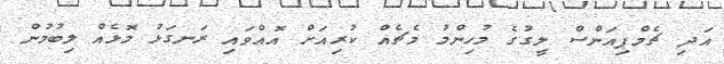
އަދި ޗެމްޕިއަންސް ލީގުގެ މުހިންމު މެޗެއް ކުރިއަށް އޮއްވައި ރަނގަޅު މޮޅެއް ލިބުމުން